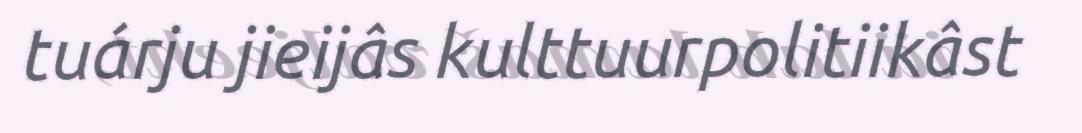
tuárju jieijâs kulttuurpolitiikâst